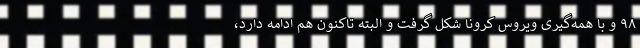
۹۸ و با همه‌گیری ویروس کرونا شکل گرفت و البته تاکنون هم ادامه دارد،